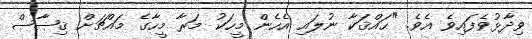
ވިދާޅުވެފައިވެ އެވެ. "ޙައްޤަކާ ނުލައި އެހެން މީހަކު މަރާ މީހާގެ މައްޗަށް ޤިޞާޞް